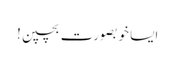
ایسا خوبصورت بچپن!